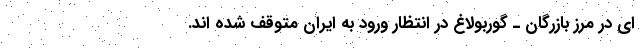
ای در مرز بازرگان ـ گوربولاغ در انتظار ورود به ایران متوقف شده اند.